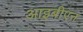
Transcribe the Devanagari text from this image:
आइबीएन